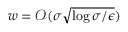
w = \mathcal { O } ( \sigma \sqrt { \log { \sigma / \epsilon } } )